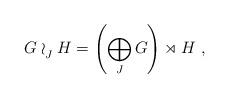
LaTeX: \begin{align*}G \wr_{\substack{{ }\\ J}} H = \left(\bigoplus_{J} G\right) \rtimes H\ ,\end{align*}